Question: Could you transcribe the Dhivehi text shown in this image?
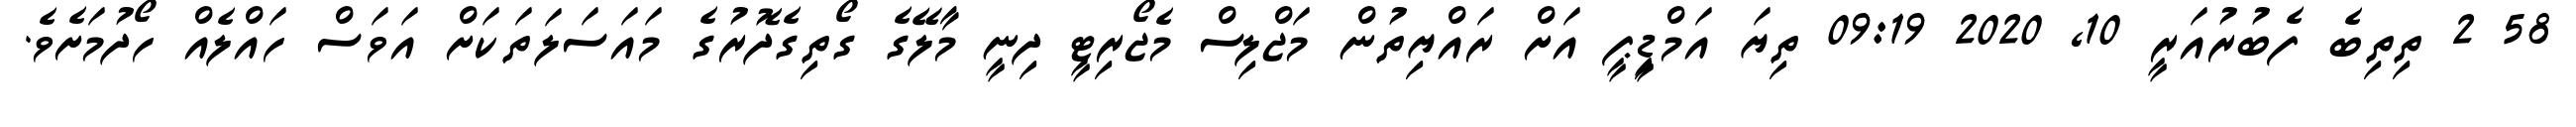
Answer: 58 2 ތިތިބެ ފެބުރުއަރީ 10, 2020 09:19 ތިޔަ އަމްޑިީޕީ އަށް ރައްޔިތުން މަޖްލިސް މެޖޯރިޓީ ދިނީ މާލޭގެ ގޯތިގެދޮރުގެ މައަސަލަތަކަށް އަވަސް ހައްލެއް ހޯދުމަށެވެ.